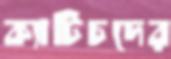
ক্যাটিচদের